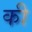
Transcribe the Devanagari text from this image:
की